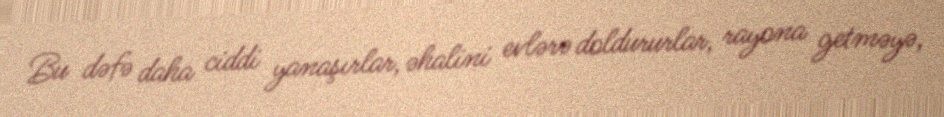
Bu dəfə daha ciddi yanaşırlar, əhalini evlərə doldururlar, rayona getməyə,